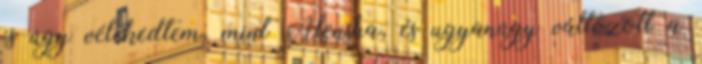
is úgy vélekedtem, mint Alensha, és ugyanúgy változott a